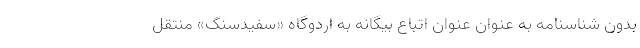
بدون شناسنامه به عنوان عنوان اتباع بیگانه به اردوگاه «سفیدسنگ» منتقل